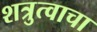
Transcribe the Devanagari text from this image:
शत्रुत्वाचा